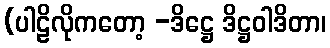
(ပါဠိလိုကတော့ -ဒိဋ္ဌေ ဒိဋ္ဌဝါဒိတာ၊